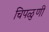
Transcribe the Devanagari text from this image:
चिपळुणी